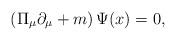
LaTeX: \begin{align*}\left( \Pi _\mu \partial _\mu +m\right) \Psi (x)=0 , \end{align*}